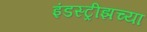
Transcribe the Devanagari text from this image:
इंडस्ट्रीझच्या